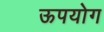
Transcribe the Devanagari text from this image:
ऊपयोग